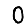
Digit: 0